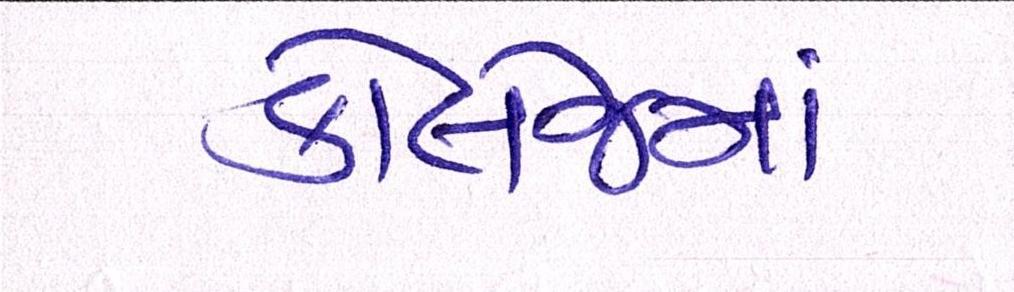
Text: કૉલેજમાં